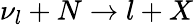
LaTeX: \nu_{l}+N\to l+X